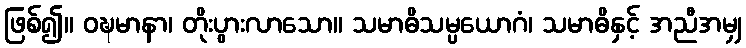
ဖြစ်၍။ ဝဍ္ဎမာနာ၊ တိုးပွားလာသော။ သမာဓိသမ္ပယောဂံ၊ သမာဓိနှင့် အညီအမျှ